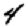
Digit: 4